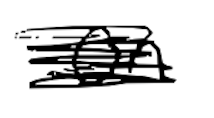
Text: on
Cross-out: mix
Writing tool: digital_black